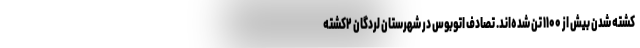
کشته شدن بیش از ۱۱۰۰ تن شده‌اند. تصادف اتوبوس در شهرستان لردگان ۲کشته